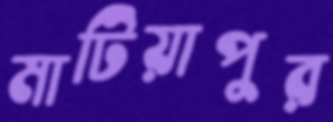
মাটিয়াপুর